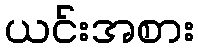
ယင်းအစား